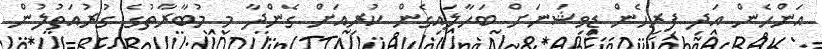
އަންހެން އަދި ފިރިހެން ޑިވިޝަނަށް ބަހާލައިގެން ކުރިއަށް ގެންދާ މި މުބާރާތުގެ ގުރުއަތުލުން